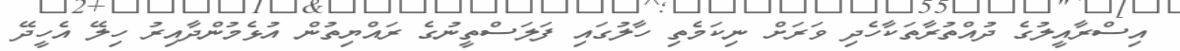
އިސްރާއީލުގެ ދުއްތުރާތަކާހެދި ވަރަށް ނިކަމެތި ހާލުގައި ފަލަސްތީނުގެ ރައްޔިތުން އުޅެމުންދާއިރު ހިލޭ އެހީދޭ